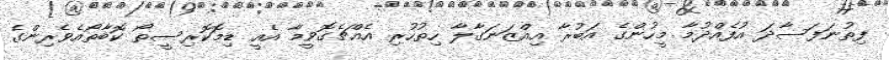
ފިތުނަފަސާދަ އުފެއްދުމާ މީހުންގެ އަބުުރާ އިއްޒަނަގާލާ ހިތުހުރި އެއްޗެގޮވީމާ އެއީ ޑިމޮކޮރިސީތޯ ކޮބާތޯއެެވެރިންގެ